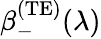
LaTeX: \beta_{-}^{\mathrm{(TE)}}(\lambda)